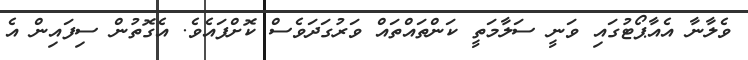
ވެލާނާ އެއާޕޯޓުގައި ވަނީ ސަލާމަތީ ކަންތައްތައް ވަރުގަދަވެސް ކޮށްފައެވެ. އެގޮތުން ސިފައިން އެ